Vaccination report Assam 1896-1927 - 1896-1927
Year: 1896
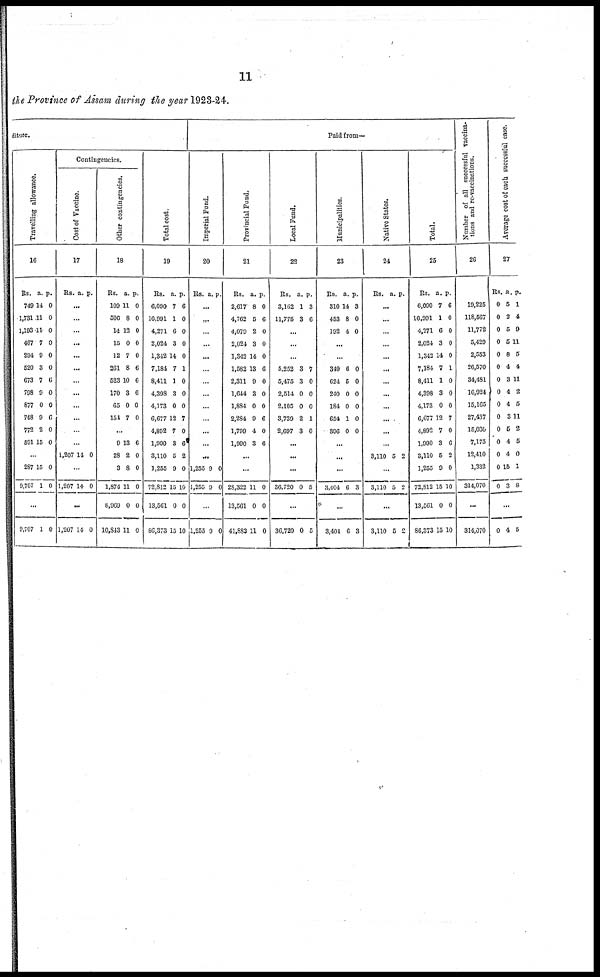
11
the Province of Assam during the year 1923-24.
diture.
Travelling allowance.
16
Rs.
749
1,731
1,193
467
294
520
673
798
877
748
772
591
a.
14
11
11
7
9
3
7
9
0
9
2
15
p.
0
0
0
0
0
0
6
0
0
6
0
0
...
287
9,707
15
1
0
0
...
9,707 1 0
Contingencies.
Cost of Vaccine.
17
Rs. a. p.
...
...
...
...
...
...
...
...
...
...
...
...
1,207 14 0
...
1,207 14 0
...
1,207 14 0
Other contingencies.
18
Rs.
109
506
14
15
12
261
523
170
65
151
a.
11
8
12
0
7
8
10
3
0
7
p.
0
0
0
0
0
6
6
6
0
0
...
9
28
3
1,874
8,969
10,843
13
2
8
11
0
11
6
0
0
0
0
0
Total cost.
19
Rs.
6,090
16,991
4,271
2,024
1,342
7,184
8,411
4,398
4,173
6,677
4,892
1,990
3,110
1,255
72,812
13,561
86,373
a.
7
1
6
3
14
7
1
3
0
12
7
3
5
9
15
0
15
p.
6
0
0
0
0
1
0
0
0
7
0
6
2
0
10
0
10
Paid from—
Imperial Fund.
20
Rs. a. p.
...
...
...
...
...
...
...
...
...
...
...
...
...
1,255
1,255
9
9
0
0
...
1,255 9 0
Provincial Fund.
21
Rs.
2,617
4,762
4,079
2,024
1,342
1,582
2,311
1,644
1,884
2,284
1,799
1,990
a.
8
5
2
3
14
13
9
3
0
9
4
3
p.
0
6
0
0
0
6
0
0
0
6
0
6
...
...
28,322
13,561
41,883
11
0
11
0
0
0
Local Fund.
22
Rs.
3,162
11,775
a.
1
3
p.
3
6
...
...
...
5,252
5,475
2,514
2,105
3,739
2,697
3
3
0
0
2
3
7
0
0
0
1
0
...
...
...
36,720 0 5
...
36,720 0 5
Municipalities.
23
Rs.
310
453
192
a.
14
8
4
p.
3
0
0
...
...
349
624
240
184
654
396
6
5
0
0
1
0
0
0
0
0
0
0
...
...
...
3,404 6 3
...
3,404 6 3
Native States.
24
Rs. a. p.
...
...
...
...
...
...
...
...
...
...
...
...
3,110 5 2
...
3,110 5 2
...
3,110 5
2
Total.
25
Rs.
6,090
16,991
4,271
2,024
1,342
7,184
8,411
4,398
4,173
6,677
4,892
1,990
3,110
1,255
72,812
13,561
86,373
a.
7
1
6
3
14
7
1
3
0
12
7
3
5
9
15
0
15
p.
6
0
0
0
0
1
0
0
0
7
0
6
2
0
10
0
10
Number of all successful vaccina-
tions and re-vaccinations.
26
19,225
118,567
11,772
5,429
2,553
26,570
34,481
16,924
15,165
27,437
15,030
7,175
12,410
1,332
314,070
...
314,070
Average cost of each successful case.
27
Rs.
0
0
0
0
0
0
0
0
0
0
0
0
0
0
0
a.
5
2
5
5
8
4
3
4
4
3
5
4
4
15
3
p.
1
4
9
11
5
4
11
2
5
11
2
5
0
1
8
...
0 4 5